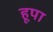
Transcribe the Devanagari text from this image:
हूपा